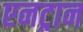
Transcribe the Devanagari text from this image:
एनट्रान